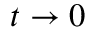
t \to 0